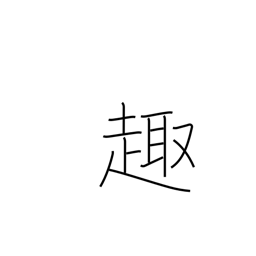
Meaning: gist